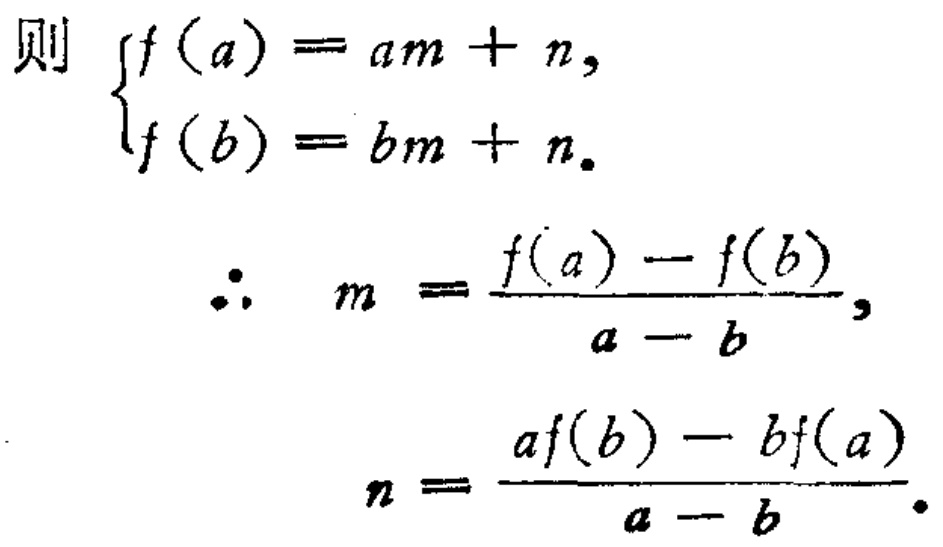
则

\begin{equation*}

\begin{cases}

f(a)=am + n,\\

f(b)=bm + n.

\end{cases}

\end{equation*}

\begin{equation*}

\therefore\quad m=\frac{f(a)-f(b)}{a - b},

\end{equation*}

\begin{equation*}

n=\frac{af(b)-bf(a)}{a - b}.

\end{equation*}